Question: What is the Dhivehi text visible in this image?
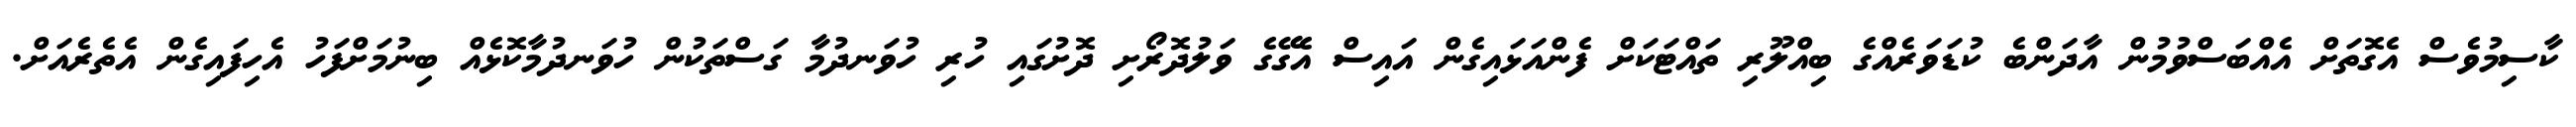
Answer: ކާސިމުވެސް އެގޮތަށް އެއްބަސްވުމުން އާދަންބެ ކުޑަވަރެއްގެ ބިއްލޫރި ތައްޓަކަށް ފެންއަޅައިގެން އައިސް އެގޭގެ ވަލުދޮރޯށި ދޮށުގައި ހުރި ހުވަނދުމާ ގަސްތަކުން ހުވަނދުމާކޮޅެއް ބިނުމަށްފަހު އެހިފައިގެން އެތެރެއަށް.